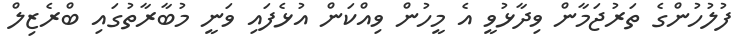
ފުލުހުންގެ ތަރުޖަމާން ވިދާޅުވީ އެ މީހުން ވިއްކަން އުޅެފައި ވަނީ މުބާރާތުގައި ބްރެޒިލް